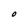
Character: O